Report of the Indian Hemp Drugs Commission, 1894-1895 - Volume V
Year: 1894
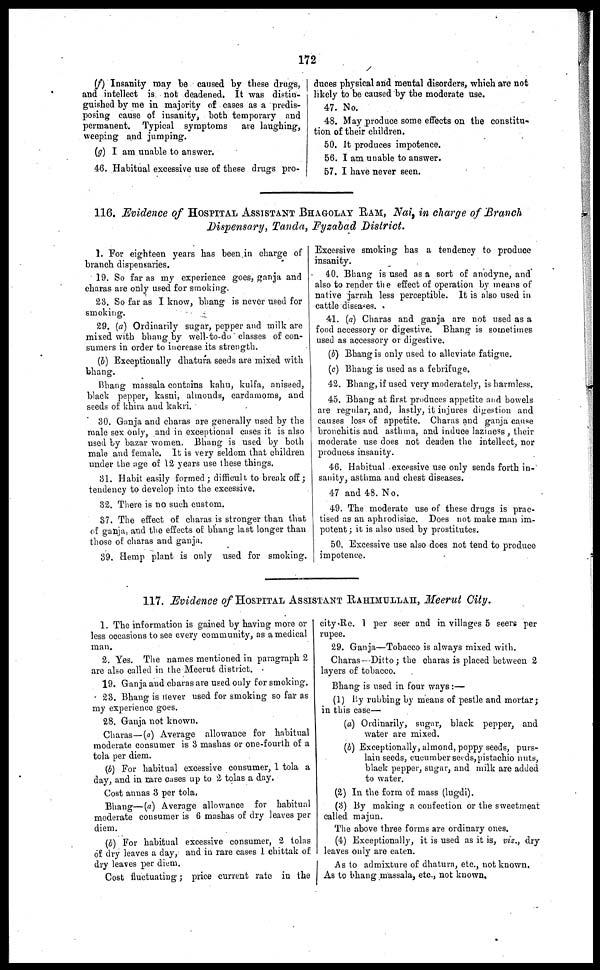
172
(f) Insanity may be caused by these drugs,
and intellect is not deadened. It was distin-
guished by me in majority of cases as a predis-
posing cause of insanity, both temporary and
permanent. Typical symptoms
are laughing,
weeping and jumping.
(g) I am unable to answer.
46. Habitual excessive use of these drugs pro-
duces physical and mental disorders, which are not
likely to be caused by the moderate use.
47. No.
48. May produce some effects on the constitu-
tion of their children.
50. It produces impotence.
56. I am unable to answer.
57. I have never seen.
116. Evidence of HOSPITAL ASSISTANT BHAGOLAY RAM, Nai, in charge of Branch
Dispensary, Tanda, Fyzabad District.
1. For eighteen years has been in charge of
branch dispensaries.
19. So far as my experience goes, ganja and
charas are only used for smoking.
23. So far as I know, bhang is never used for
smoking.
29. (a) Ordinarily sugar, pepper and milk are
mixed with bhang by well-to-do classes of con-
sumers in order to increase its strength.
(b) Exceptionally dhatura seeds are mixed with
bhang.
Bhang massala contains kahu, kulfa, aniseed,
black pepper, kasni, almonds, cardamoms, and
seeds of khira and kakri.
30. Ganja and charas are generally used by the
male sex only, and in exceptional cases it is also
used by bazar women. Bhang is used by both
male and female. It is very seldom that children
under the age of 12 years use these things.
31. Habit easily formed; difficult, to break off;
tendency to develop into the excessive.
32. There is no such custom.
37. The effect of charas is stronger than that
of ganja, and the effects of bhang last longer than
those of charas and ganja.
39. Hemp plant is only used for smoking.
Excessive smoking has a tendency to produce
insanity.
40. Bhang is used as a sort of anodyne, and
also to render the effect of operation by means of
native jarrah less perceptible. It is also used in
cattle diseases.
41. (a) Charas and ganja are not used as a
food accessory or digestive. Bhang is sometimes
used as accessory or digestive.
(b) Bhang is only used to alleviate fatigue.
(c) Bhang is used as a febrifuge.
42. Bhang, if used very moderately, is harmless.
45. Bhang at first produces appetite and bowels
are regular, and, lastly, it injures digestion and
causes loss of appetite. Charas and ganja cause
bronchitis and asthma, and induce laziness, their
moderate use does not deaden the intellect, nor
produces insanity.
46. Habitual excessive use only sends forth in-
sanity, asthma and chest diseases.
47 and 48. No.
49. The moderate use of these drugs is prac-
tised as an aphrodisiac. Does not make man im-
potent; it is also used by prostitutes.
50. Excessive use also does not tend to produce
impotence.
117. Evidence of HOSPITAL ASSISTANT RAHIMULLAH, Meerut City.
1. The information is gained by having more or
less occasions to see every community, as a medical
man.
2. Yes. The names mentioned in paragraph 2
are also called in the Meerut district.
19. Ganja and charas are used only for smoking.
23. Bhang is never used for smoking so far as
my experience goes.
28. Ganja not known.
Charas— (a) Average allowance for habitual
moderate consumer is 3 mash as or one-fourth of a
tola per diem.
(b) For habitual excessive consumer, 1 tola a
day, and in rare cases up to 2 tolas a day.
Cost annas 3 per tola,
Bhang—(a) Average allowance for habitual
moderate consumer is 6 mashas of dry leaves per
diem.
(b) For habitual excessive consumer, 2 tolas
of dry leaves a day, and in rare cases 1 chittak of
dry leaves per diem.
Cost fluctuating; price current rate in the
city Re. 1 per seer and in villages 5 seers per
rupee.
29. Ganja—Tobacco is always mixed with.
Charas—Ditto; the charas is placed between 2
layers of tobacco.
Bhang is used in four ways:—
(1) By rubbing by means of pestle and mortar;
in this case—
(a) Ordinarily, sugar, black pepper, and
water are mixed.
(b) Exceptionally, almond, poppy seeds, purs-
lain seeds, cucumber seeds, pistachio nuts,
black pepper, sugar, and milk are added
to water.
(2) In the form of mass (lugdi).
(3) By making a confection or the sweetmeat
called majun.
The above three forms are ordinary ones.
(4) Exceptionally, it is used as it is, viz., dry
leaves only are eaten.
As to admixture of dhatura, etc., not known.
As to bhang massala, etc., not known,